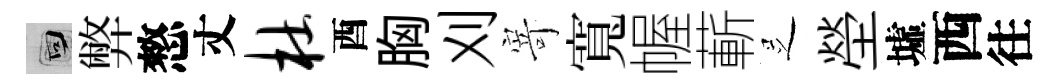
回弊憗丈杜酉胸刈𭔃寬幄蔪𠯁塋墟西往